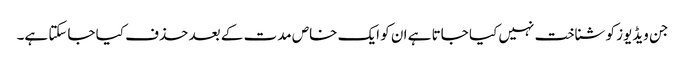
جن ویڈیوز کو شناخت نہیں کیا جاتا ہے ان کو ایک خاص مدت کے بعد حذف کیا جاسکتا ہے۔